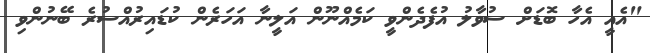
"އެއީ އެހާ ބޮޑަށް ސުވާލު އުފެދެންވީ ކަމެއްނޫން އަލީނާ އަހަރެން ކުޑައިރުއްސުރެ ބޭނުންވި